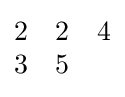
{\begin{matrix}2&2&4\\3&5\end{matrix}}